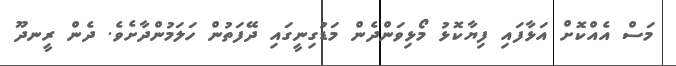
މަސް އެއްކޮށް އަޅާފައި ފިޔާކޮޅު މޯޅިވަންދެން މަޑުގިނީގައި ދޭފަތުން ހަލަމުންދާށެވެ. ދެން ރީނދޫ